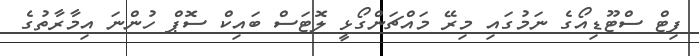
ފިޓް ސްޓޫޑިއޯގެ ނަމުގައި މިރޭ މައްޗަންގޯޅީ ލޮޓަސް ބައިކް ސޮޕް ހުންނަ އިމާރާތުގެ